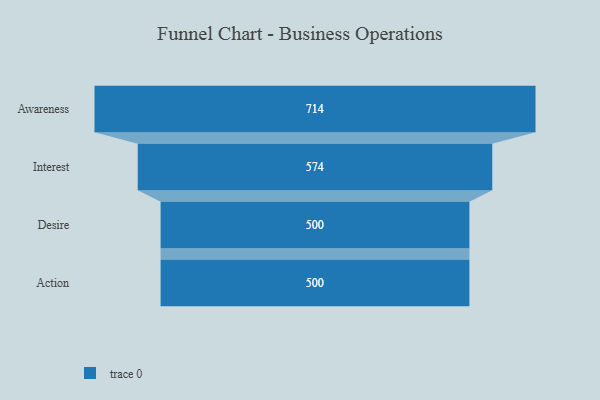
{"axis": {"x": "Stage", "y": "Value"}, "legend": [""], "data": [{"x": "Awareness", "y": 714.0, "type": ""}, {"x": "Interest", "y": 574.0, "type": ""}, {"x": "Desire", "y": 500, "type": ""}, {"x": "Action", "y": 500, "type": ""}]}